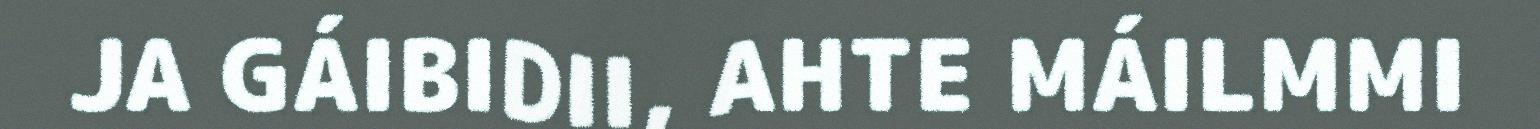
JA GÁIBIDII, AHTE MÁILMMI